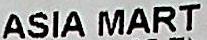
ASIA MART